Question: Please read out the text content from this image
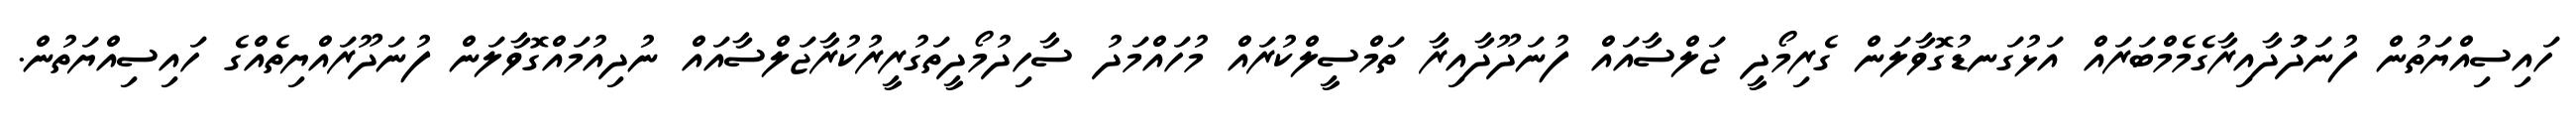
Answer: ހައިސިއްޔަތުން ފުނަދަުދާއިރާގެމެމްބަރައް އަޅުގަނޑުގޮވާލަން ގެރިމޯދީ ޖަލްސާއައް ފުނަދޫދާއިރާ ތަމްސީލްކުރައް މުހައްމަދު ސާހިދުމޯދީތަގުރީރުކުރާޖަލްސާއައް ނުދިއުމައްގޮވާލަން ފުނަދޫރައްޔިތެއްގެ ހައިސިއްޔަތުން.